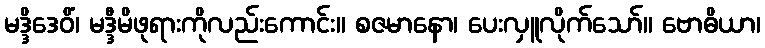
မဒ္ဒိဒေဝိံ၊ မဒ္ဒီမိဖုရားကိုလည်းကောင်း။ စဇမာနော၊ ပေးလှူလိုက်သော်။ ဗောဓိယာ၊